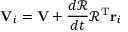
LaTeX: \mathbf { V } _ { i } = \mathbf { V } + { \frac { d { \mathcal { R } } } { d t } } { \mathcal { R } } ^ { \mathrm { T } } \mathbf { r } _ { i }